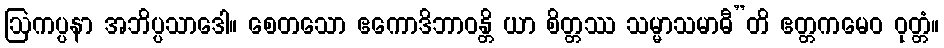
ဩကပ္ပနာ အဘိပ္ပသာဒေါ။ စေတသော ဧကောဒိဘာဝန္တိ ယာ စိတ္တဿ သမ္မာသမာဓီ”တိ ဧတ္တကမေဝ ဝုတ္တံ။